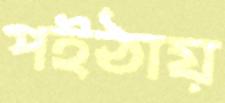
পইঠায়